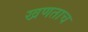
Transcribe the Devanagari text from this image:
खणताच